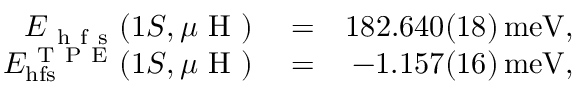
\begin{array} { r l r } { E _ { \mathrm { ~ h ~ f ~ s ~ } } ( 1 S , \mu \mathrm { ~ H ~ } ) } & { { } = } & { 1 8 2 . 6 4 0 ( 1 8 ) \, \mathrm { m e V } , } \\ { E _ { \mathrm { h f s } } ^ { \mathrm { ~ T ~ P ~ E ~ } } ( 1 S , \mu \mathrm { ~ H ~ } ) } & { { } = } & { - 1 . 1 5 7 ( 1 6 ) \, \mathrm { m e V } , } \end{array}